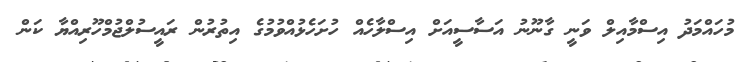
މުހައްމަދު އިސްމާއިލް ވަނީ ގާނޫނު އަސާސީއަށް އިސްލާހެއް ހުށަހެޅުއްވުމުގެ އިތުރުން ރައީސުލްޖުމްހޫރިއްޔާ ކަން